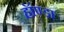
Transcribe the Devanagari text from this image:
हॉण्डा